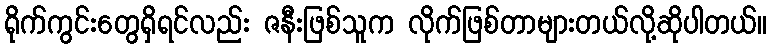
ရိုက်ကွင်းတွေရှိရင်လည်း ဇနီးဖြစ်သူက လိုက်ဖြစ်တာများတယ်လို့ဆိုပါတယ်။